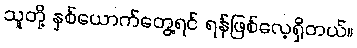
သူတို့ နှစ်ယောက်တွေ့ရင် ရန်ဖြစ်လေ့ရှိတယ်။